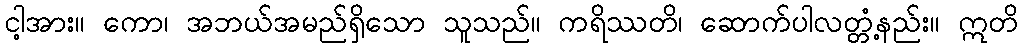
ငါ့အား။ ကော၊ အဘယ်အမည်ရှိသော သူသည်။ ကရိဿတိ၊ ဆောက်ပါလတ္တံ့နည်း။ ဣတိ